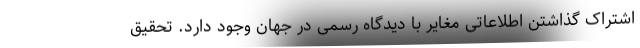
اشتراک گذاشتن اطلاعاتی مغایر با دیدگاه رسمی در جهان وجود دارد. تحقیق